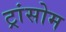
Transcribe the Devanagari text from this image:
ट्रांसोम